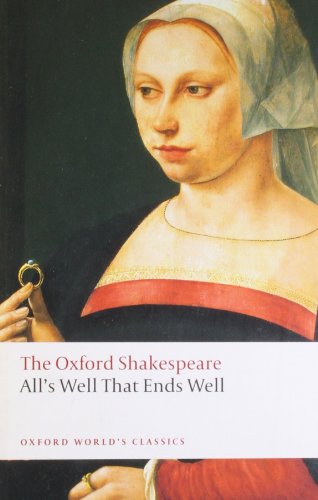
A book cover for All's Well that Ends Well: The Oxford Shakespeare (Oxford World's Classics); William Shakespeare; Literature & Fiction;